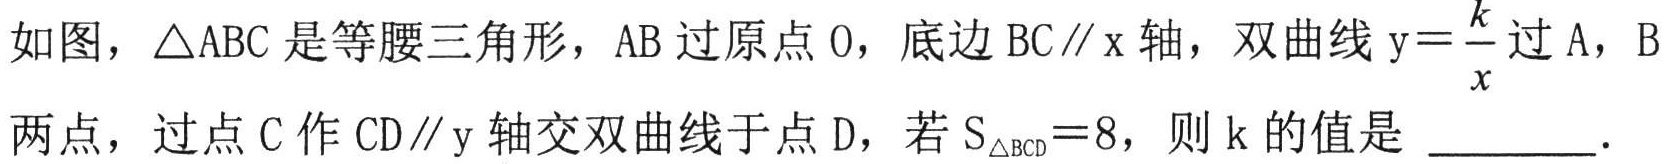
如图，\(\triangle ABC\)是等腰三角形，\(AB\)过原点\(O\)，底边\(BC\parallel x\)轴，双曲线\(y = \frac{k}{x}\)过\(A\)，\(B\)
两点，过点\(C\)作\(CD\parallel y\)轴交双曲线于点\(D\)，若\(S_{\triangle BCD}=8\)，则\(k\)的值是 \_\_\_\_\_ .